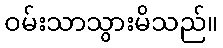
ဝမ်းသာသွားမိသည်။